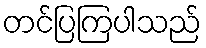
တင်ပြကြပါသည်